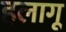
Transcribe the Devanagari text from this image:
हलागू